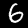
Digit: 6